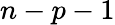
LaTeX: n-p-1